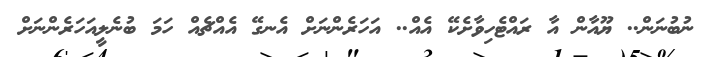
ނުބުނަން.. ޔޫއާން އާ ރައްޓެހިވާށެކޭ އެއް.. އަހަރެންނަށް އެނގޭ އެއްޗެއް ހަމަ ބުނެލީއަހަރެންނަށް